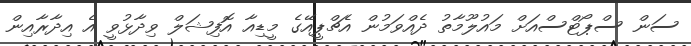
ސަން ސްޕޯޓްސްއަށް މައުލޫމާތު ދެއްވަމުން އެޗްޕީއޭގެ މީޑިއާ އޮފިޝަލް ވިދާޅުވީ އެ އިދާރާއިން